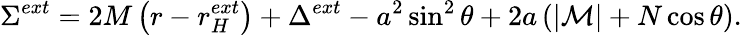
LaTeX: \Sigma^{ext}=2M\left(r-r_{H}^{ext}\right)+\Delta^{ext}-a^{2}\sin^{2}\theta+2a\left(|{\cal M}|+N\cos\theta\right).